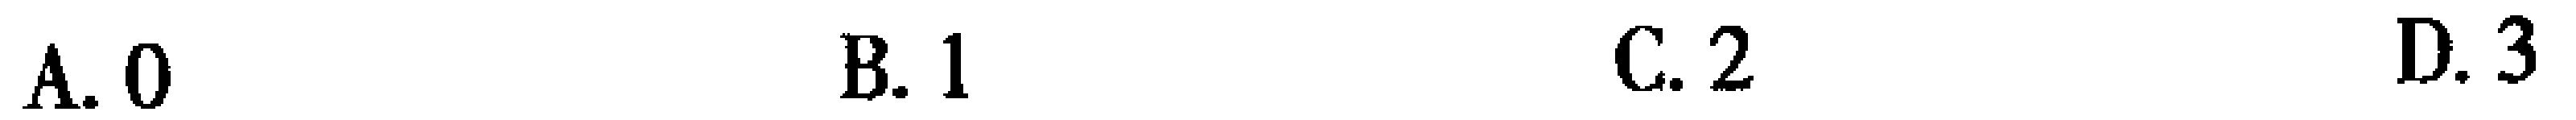
A. 0 \quad B. 1 \quad C. 2 \quad D. 3